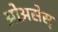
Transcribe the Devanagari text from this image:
ओअसेस्